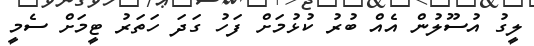
ލީގު އުސޫލުން އެއް ބުރު ކުޅުމަށް ފަހު ގަދަ ހަތަރު ޓީމަށް ސެމީ